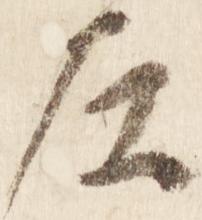
左